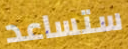
ستساعد